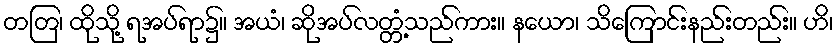
တတြ၊ ထိုသို့ ရအပ်ရာ၌။ အယံ၊ ဆိုအပ်လတ္တံ့သည်ကား။ နယော၊ သိကြောင်းနည်းတည်း။ ဟိ၊